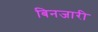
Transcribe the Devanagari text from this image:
बिनजारी